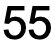
55